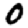
Digit: 0